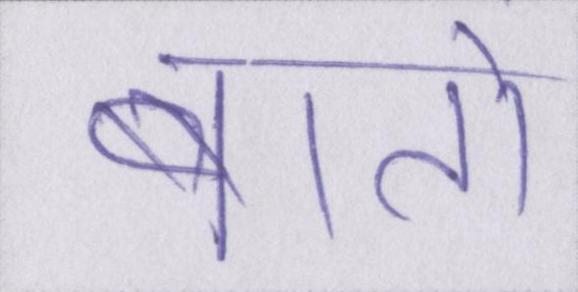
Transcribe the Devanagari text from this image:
बातों